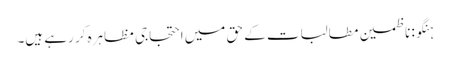
ہنگو: ناظمین مطالبات کے حق میں احتجاجی مظاہرہ کر رہے ہیں۔